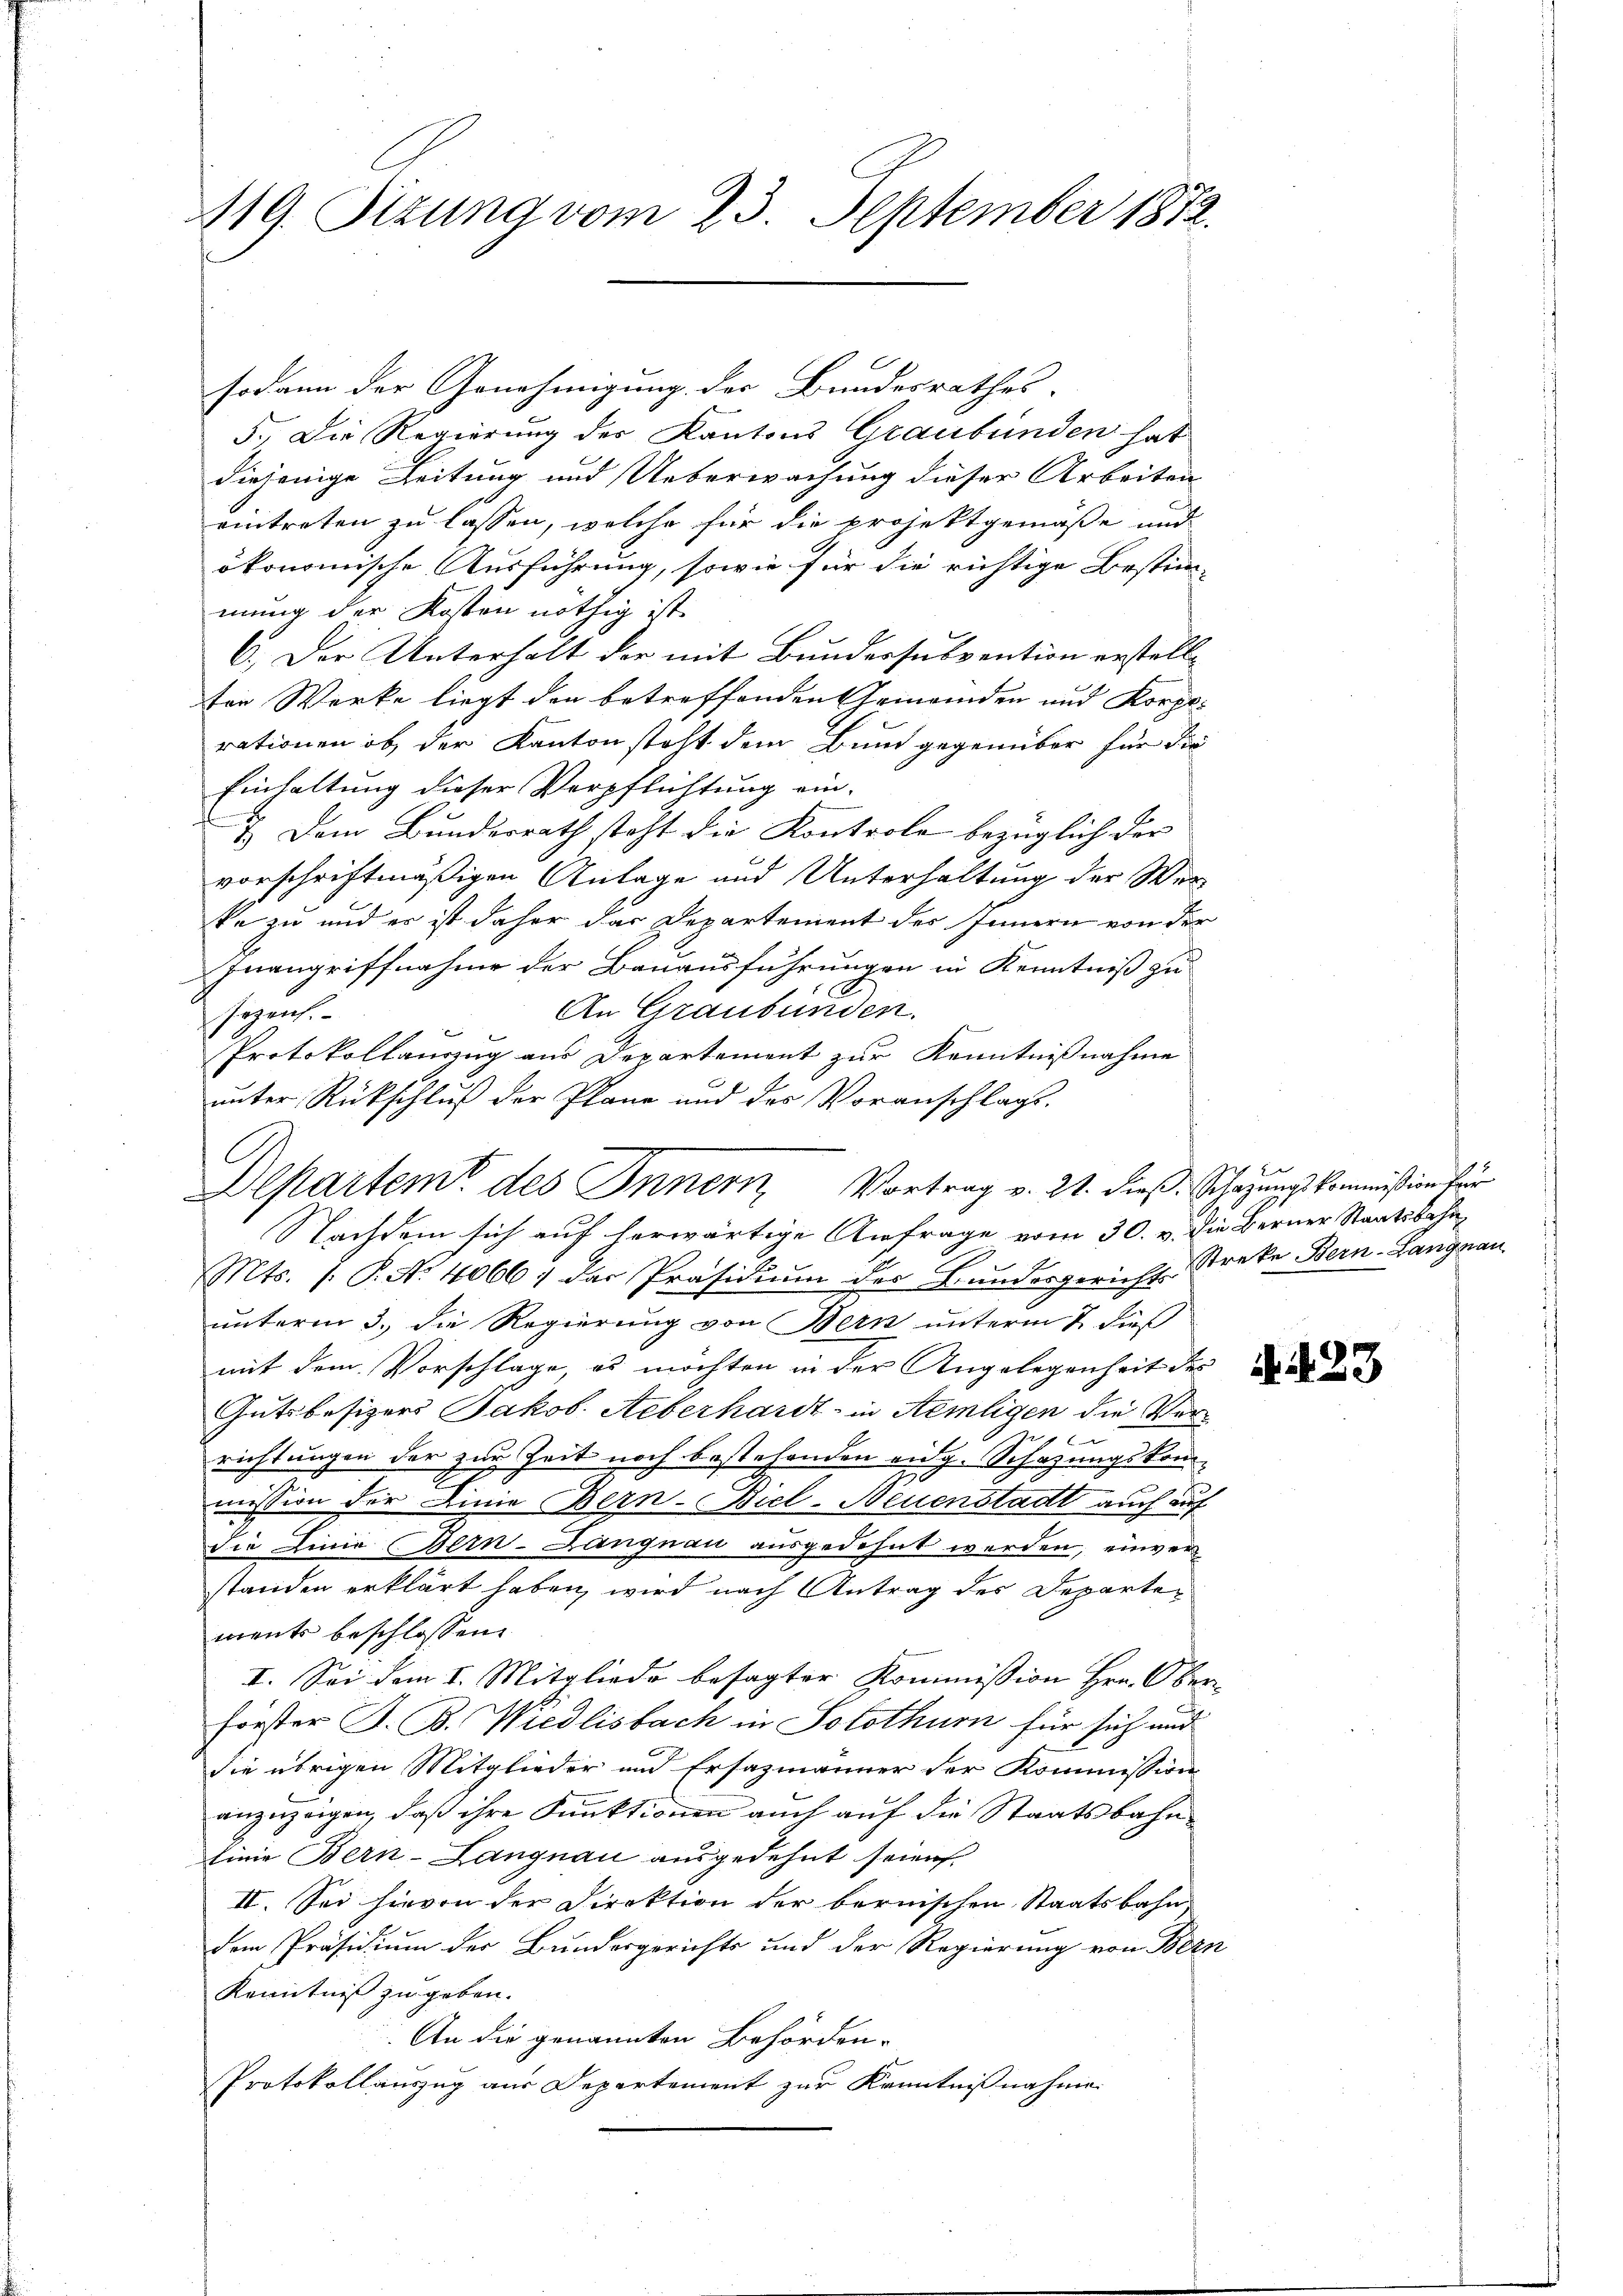
419. Sizung vom 23. September 1872.

sodann der Genehmigung der Bundesrathes.
5. Die Regierung der Kantons Graubünden hat
diejenige Leitung und Ueberwachung dieser Arbeiten
eintreten zu lassen, welche für die projektgemäße und
ökonomische Ausführung, sowie für die richtige Bestim-
mung der Kosten nöthig ist.
6.) Der Unterhalt der mit Bundessubvention erstellten Werke liegt den betreffenden Gemeinden und Korporationen ob der Kanton steht dem Bund gegenüber für die
Einhaltung dieser Verpflichtung ein-
1.) Dem Bundesrath steht die Kontrole bezüglich der
vorschriftmäßigen Anlage und Unterhaltung der Werke zu und er ist daher das Departement des Innern von der
Inangriffnahme der Bauausführungen in Kenntniß zu
An Graubünden.
sezeich.
Protokollauszug aus Departement zur Kenntnißnahme
unter Rückschluß der Plane und des Voranschlage.
E
Mts. 1. P. Nr. 4066 der Präsidium der Grundergericht Streke Bern-Langnau
unterm 3. die Regierung von Bern unterm 7. dieß
mit dem Vorschlage, es möchten in der Angelegenheit der de
Gutsbesizers Jakob. Aeberhardt in Aemligen die Ver¬
 xx
richtungen der zur Zeit noch bestehenden eidg. Schazungskom¬
E
mission der Linie Bern-Biel-Neuenstadt auch auf
die Linie Bern-Langnau ausgedehnt werden, einverstanden erklärt haben, wird nach Antrag des Departements beschlossen:
I. Sei dem I. Mitgliede besagter Kommission Hrn. Ober-
Frister J. B. Wiedlisbach in Solothurn für sich und
die übrigen Mitglieder und Ersazmänner der Kommission
anzuzeigen, daß ihre Funktionen auch auf die Staatsbahn
sinie Bern-Langnau ausgedehnt seien.
II. Sei hievon der Direktion der bernischen Staatsbahn
dem Präsidium der Bundesgerichts und der Regierung von Bern
Kenntniß zu geben.
An die genannten Behörden.
Protokollauszug aus Departement zur Kenntnißnahme

Departeme des Innern, Vortrag v. 21. dieß. Schazung kommißion für
Nachdem sich auf herwärtige Anfrage vom 30. v. die Berner Staatsbahn¬